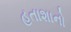
હતાશાનો